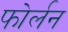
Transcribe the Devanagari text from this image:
फोर्लन